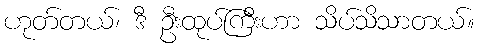
ဟုတ်တယ်၊ ဒီ ဦးထုပ်ကြီးဟာ သိပ်သိသာတယ်။